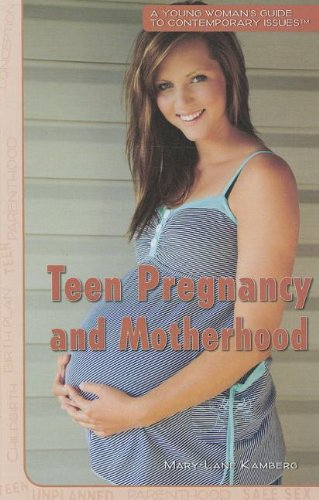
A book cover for Teen Pregnancy and Motherhood (Young Woman's Guide to Contemporary Issues); Mary-Lane Kamberg; Teen & Young Adult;